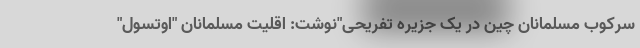
سرکوب مسلمانان چین در یک جزیره تفریحی"نوشت: اقلیت مسلمانان "اوتسول"